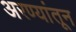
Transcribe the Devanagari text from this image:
अरण्यांतून